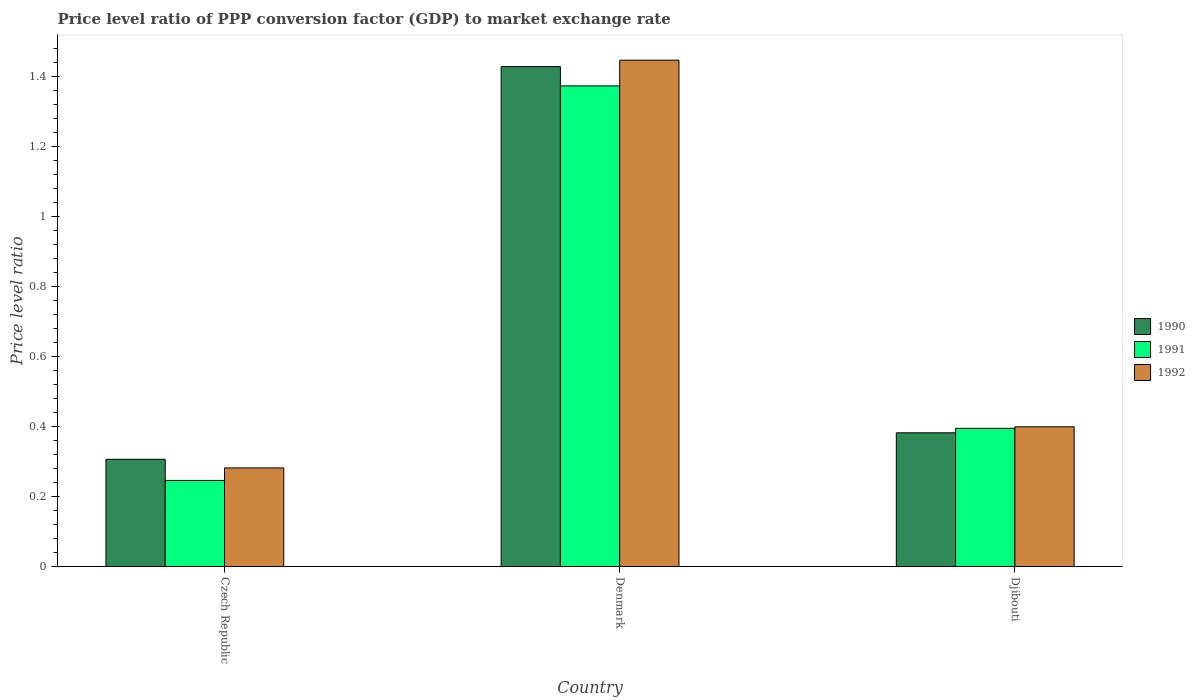
| Country | 1990 | 1991 | 1992 |
 | --- | --- | --- | --- |
 | Czech Republic | 0.306 | 0.246 | 0.282 |
 | Denmark | 1.43 | 1.37 | 1.45 |
 | Djibouti | 0.382 | 0.395 | 0.399 |